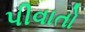
પીવાતો